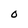
Character: O